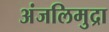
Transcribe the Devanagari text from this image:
अंजलिमुद्रा